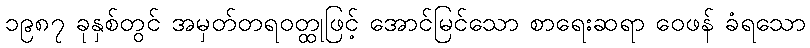
၁၉၈၇ ခုနှစ်တွင် အမှတ်တရဝတ္ထုဖြင့် အောင်မြင်သော စာရေးဆရာ ဝေဖန် ခံရသော